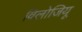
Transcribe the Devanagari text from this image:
विलोजियू